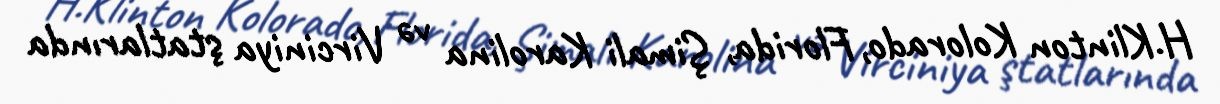
H.Klinton Kolorado, Florida, Şimali Karolina və Virciniya ştatlarında